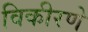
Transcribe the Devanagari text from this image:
विकीरणे